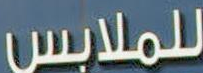
للملابس